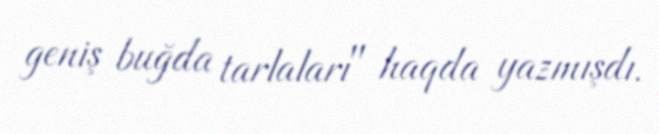
geniş buğda tarlaları" haqda yazmışdı.